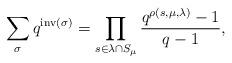
LaTeX: \begin{align*}\sum_\sigma q^{\mathrm{inv}(\sigma)} = \prod_{s \in \lambda \cap S_\mu} \frac{q^{\rho(s,\mu,\lambda)} - 1}{q-1},\end{align*}